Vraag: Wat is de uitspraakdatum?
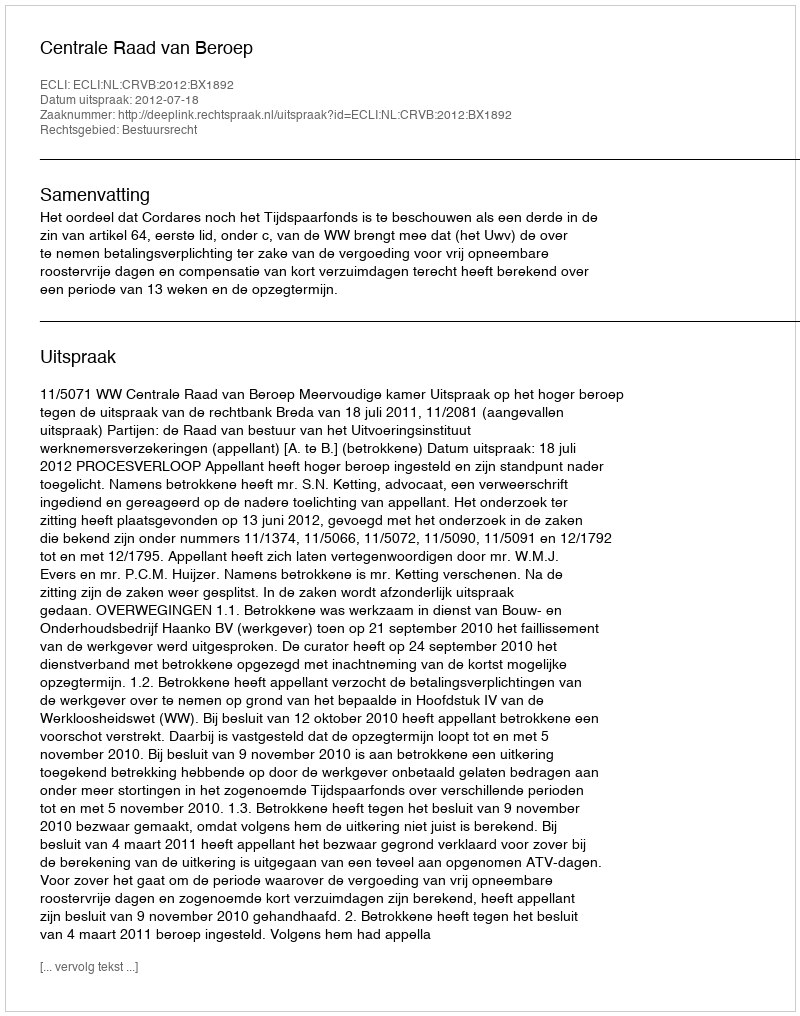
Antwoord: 2012-07-18